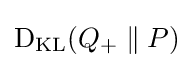
\operatorname {D} _{\text{KL}}(Q_{+}\parallel P)